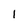
Character: 1